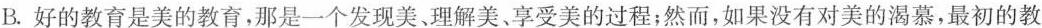
B.好的教育是美的教育，那是一个发现美、理解美、享受美的过程；然而，如果没有对美的渴慕，最初的教